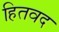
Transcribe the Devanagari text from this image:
हितवद